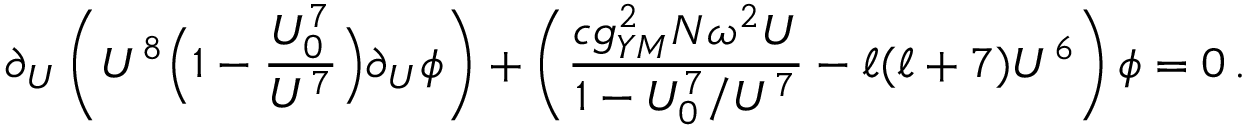
\partial _ { U } \left( U ^ { 8 } \Big ( 1 - { \frac { U _ { 0 } ^ { 7 } } { U ^ { 7 } } } \Big ) \partial _ { U } \phi \right) + \left( { \frac { c g _ { Y M } ^ { 2 } N \omega ^ { 2 } U } { 1 - U _ { 0 } ^ { 7 } / U ^ { 7 } } } - \ell ( \ell + 7 ) U ^ { 6 } \right) \phi = 0 \, .